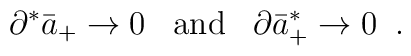
\partial^*\bar{a}_+ \rightarrow 0 \;\;\; \mbox{and} \;\;\; \partial \bar{a}^*_+ \rightarrow 0  \;\;.